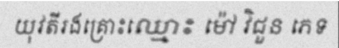
យុវតីរងគ្រោះឈ្មោះ ម៉ៅ វិជួន ភេទ